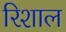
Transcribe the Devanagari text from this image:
रिशाल